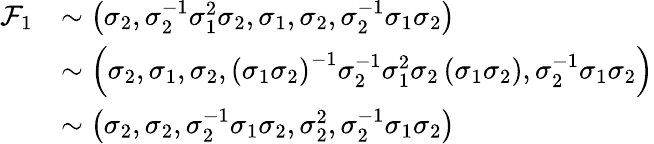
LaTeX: \begin{array}{rl}{{\cal F}_{1}}&{\sim\left(\sigma_{2},\sigma_{2}^{-1}\sigma_{1}^{2}\sigma_{2},\sigma_{1},\sigma_{2},\sigma_{2}^{-1}\sigma_{1}\sigma_{2}\right)}\\ &{\sim\left(\sigma_{2},\sigma_{1},\sigma_{2},\left(\sigma_{1}\sigma_{2}\right)^{-1}\sigma_{2}^{-1}\sigma_{1}^{2}\sigma_{2}\left(\sigma_{1}\sigma_{2}\right),\sigma_{2}^{-1}\sigma_{1}\sigma_{2}\right)}\\ &{\sim\left(\sigma_{2},\sigma_{2},\sigma_{2}^{-1}\sigma_{1}\sigma_{2},\sigma_{2}^{2},\sigma_{2}^{-1}\sigma_{1}\sigma_{2}\right)}\end{array}